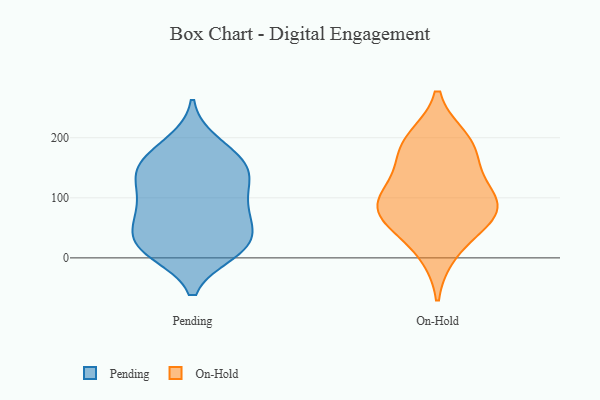
{"axis": {"x": "Energy Usage (MWh)", "y": "Value"}, "legend": ["On-Hold", "Pending"], "data": [{"x": "", "y": 145, "type": "Pending"}, {"x": "", "y": 179, "type": "Pending"}, {"x": "", "y": 24, "type": "Pending"}, {"x": "", "y": 12, "type": "Pending"}, {"x": "", "y": 17, "type": "Pending"}, {"x": "", "y": 60, "type": "Pending"}, {"x": "", "y": 69, "type": "Pending"}, {"x": "", "y": 82, "type": "Pending"}, {"x": "", "y": 136, "type": "Pending"}, {"x": "", "y": 20, "type": "Pending"}, {"x": "", "y": 143, "type": "Pending"}, {"x": "", "y": 191, "type": "Pending"}, {"x": "", "y": 34, "type": "Pending"}, {"x": "", "y": 106, "type": "Pending"}, {"x": "", "y": 109, "type": "Pending"}, {"x": "", "y": 70, "type": "Pending"}, {"x": "", "y": 153, "type": "Pending"}, {"x": "", "y": 156, "type": "Pending"}, {"x": "", "y": 10, "type": "Pending"}, {"x": "", "y": 105, "type": "On-Hold"}, {"x": "", "y": 123, "type": "On-Hold"}, {"x": "", "y": 62, "type": "On-Hold"}, {"x": "", "y": 196, "type": "On-Hold"}, {"x": "", "y": 186, "type": "On-Hold"}, {"x": "", "y": 83, "type": "On-Hold"}, {"x": "", "y": 74, "type": "On-Hold"}, {"x": "", "y": 77, "type": "On-Hold"}, {"x": "", "y": 174, "type": "On-Hold"}, {"x": "", "y": 10, "type": "On-Hold"}]}